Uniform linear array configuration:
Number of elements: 4
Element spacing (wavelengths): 1
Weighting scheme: kaiser
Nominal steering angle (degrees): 60
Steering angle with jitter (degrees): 59.261
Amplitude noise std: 0.05
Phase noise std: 0.05

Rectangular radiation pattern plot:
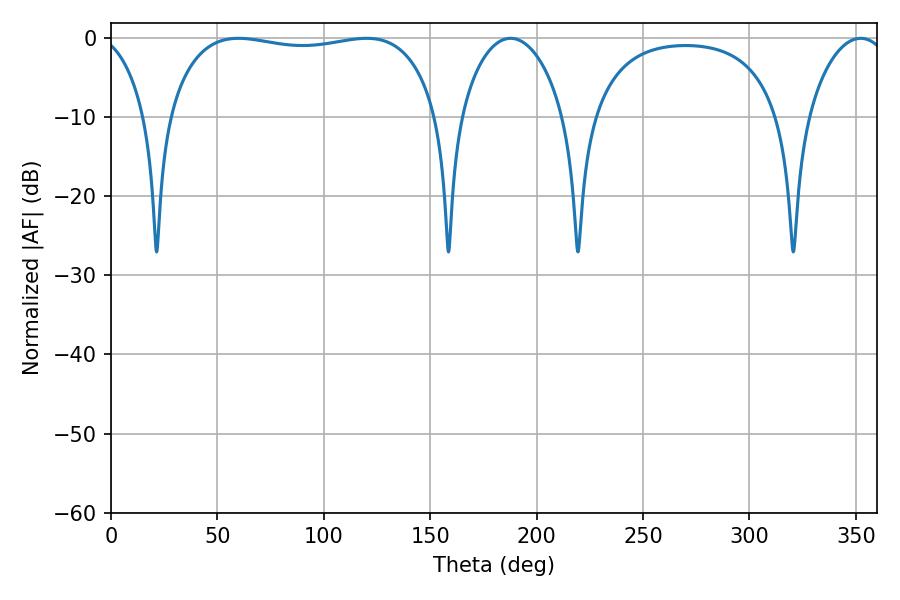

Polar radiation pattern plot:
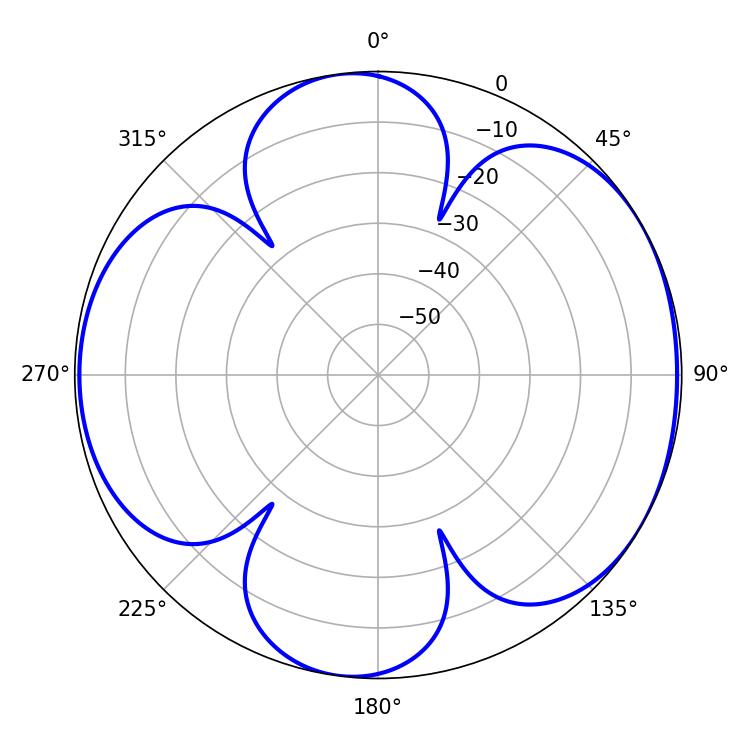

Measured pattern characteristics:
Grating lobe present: TRUE
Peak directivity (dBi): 5.879
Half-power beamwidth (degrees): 27.72
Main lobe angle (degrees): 187.74